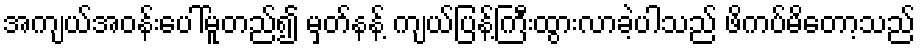
အကျယ်အဝန်းပေါ်မူတည်၍ မှတ်နန့် ကျယ်ပြန့်ကြီးထွားလာခဲ့ပါသည် ဖိကပ်မိတော့သည်